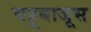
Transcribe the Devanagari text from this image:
चहूबाजूस